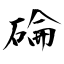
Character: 碖